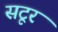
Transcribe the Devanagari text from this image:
सटूर